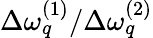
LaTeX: \Delta\omega_{q}^{(1)}/\Delta\omega_{q}^{(2)}